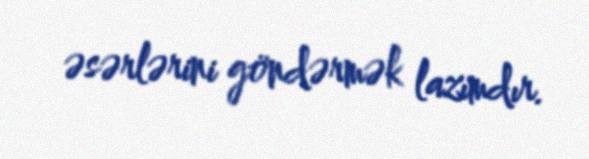
əsərlərini göndərmək lazımdır.